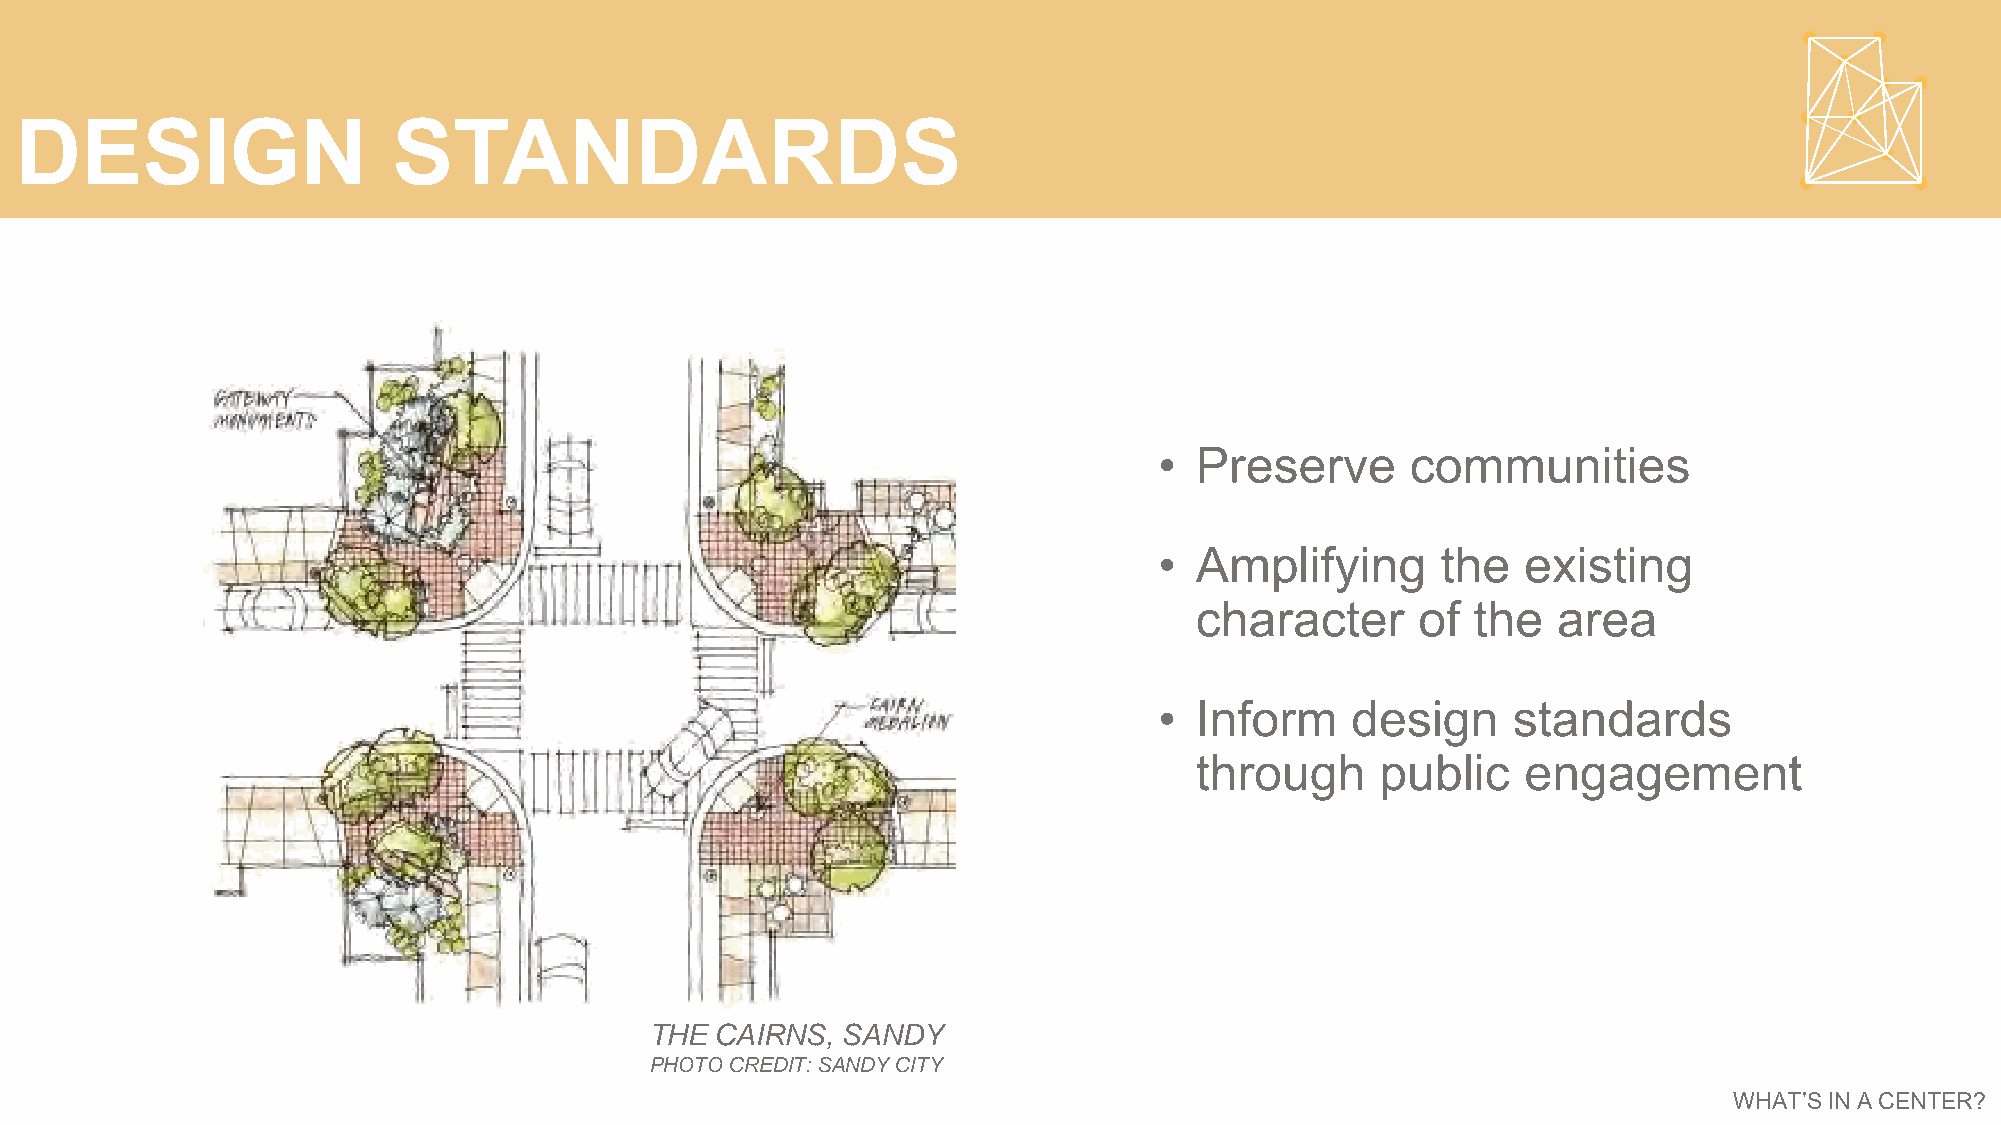
DESIGN                   STANDARDS
 • Preserve      communities
 • Amplifying      the   existing
 character      of  the  area
 • Inform    design     standards
 through     public    engagement
 THE CAIRNS,  SANDY
 PHOTO CREDIT: SANDY CITY
 WHAT’S IN A CENTER?